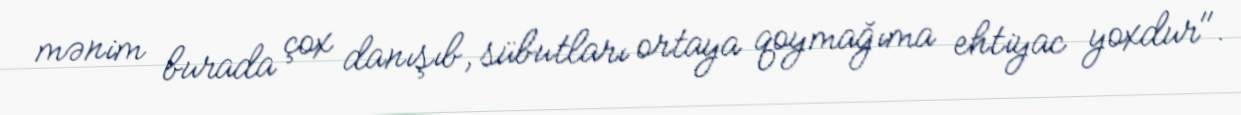
mənim burada çox danışıb, sübutları ortaya qoymağıma ehtiyac yoxdur".